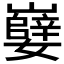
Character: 𫲖